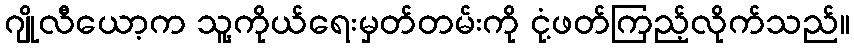
ဂျိုလီယော့က သူ့ကိုယ်ရေးမှတ်တမ်းကို ငုံ့ဖတ်ကြည့်လိုက်သည်။